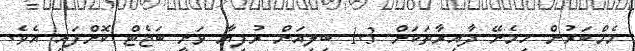
މެމްބަރުން ހިމެނޭ ދާއިރާތަކަށް 1.3 ބިލިއަން ރުފިޔާ ވަނީ ބަޖެޓް ކޮށްފައި އެވެ.